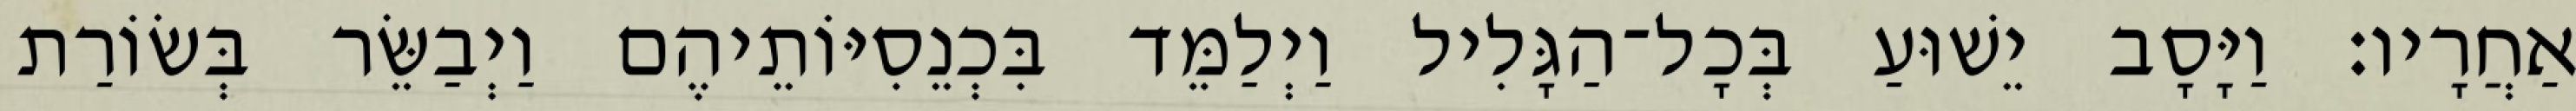
אַחֲרָיו׃ וַיָּסָב יֵשׁוּעַ בְּכָל־הַגָּלִיל וַיְלַמֵּד בִּכְנֵסִיּוֹתֵיהֶם וַיְבַשֵּׂר בְּשׂוֹרַת